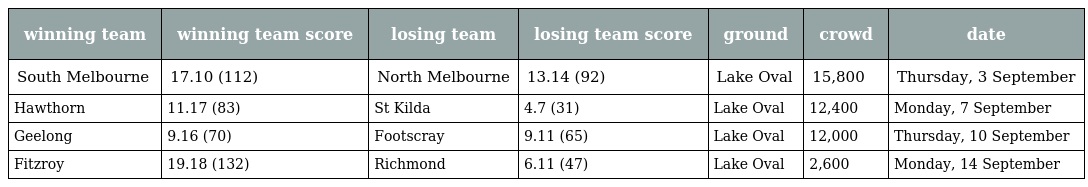
| winning team | winning team score | losing team | losing team score | ground | crowd | date |
 | --- | --- | --- | --- | --- | --- | --- |
 | South Melbourne | 17.10 (112) | North Melbourne | 13.14 (92) | Lake Oval | 15,800 | Thursday, 3 September |
 | Hawthorn | 11.17 (83) | St Kilda | 4.7 (31) | Lake Oval | 12,400 | Monday, 7 September |
 | Geelong | 9.16 (70) | Footscray | 9.11 (65) | Lake Oval | 12,000 | Thursday, 10 September |
 | Fitzroy | 19.18 (132) | Richmond | 6.11 (47) | Lake Oval | 2,600 | Monday, 14 September |